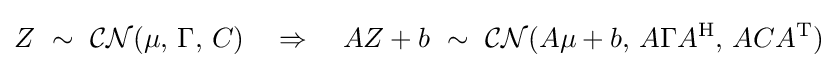
Z\ \sim \ {\mathcal {CN}}(\mu ,\,\Gamma ,\,C)\quad \Rightarrow \quad AZ+b\ \sim \ {\mathcal {CN}}(A\mu +b,\,A\Gamma A^{\mathrm {H} },\,ACA^{\mathrm {T} })